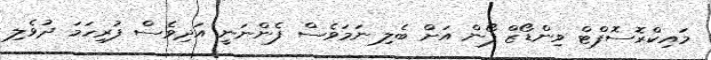
މައިކްރޮސޮފްޓް ވިންޑޯޒް ފޯން އަށް ބެލި ނަމަވެސް ފެންނަނީ އަދިވެސް ފުރިހަމަ ދުވެލި